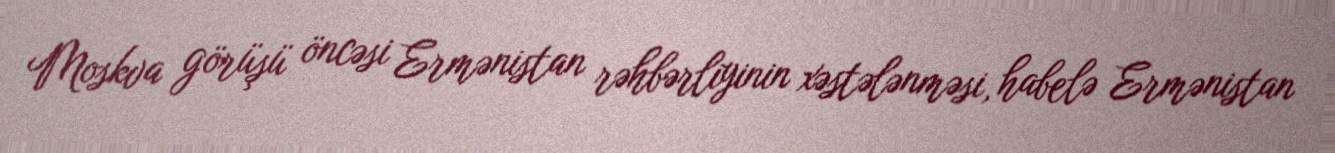
Moskva görüşü öncəsi Ermənistan rəhbərliyinin xəstələnməsi, habelə Ermənistan